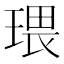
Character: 𤧖